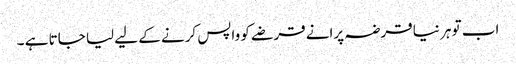
اب تو ہر نیا قرضہ پرانے قرضے کو واپس کرنے کے لیے لیا جاتا ہے ۔